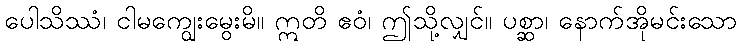
ပေါသိဿံ၊ ငါမကျွေးမွေးမိ။ ဣတိ ဧဝံ၊ ဤသို့လျှင်။ ပစ္ဆာ၊ နောက်အိုမင်းသော